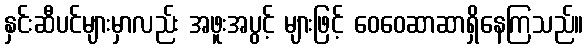
နှင်းဆီပင်များမှာလည်း အဖူးအပွင့် များဖြင့် ဝေဝေဆာဆာရှိနေကြသည်။